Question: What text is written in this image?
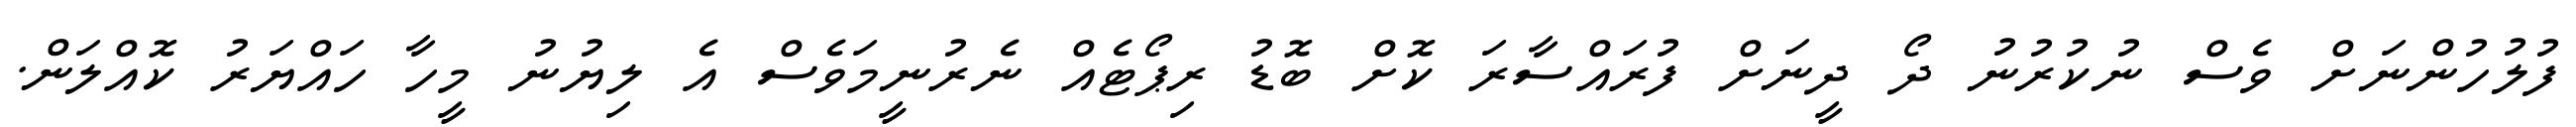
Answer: ފުލުހުންނަށް ވެސް ނުކުރުނު ދޯ ދީނަށް ފުރައްސާރަ ކޮށް ބޮޑު ރިޕޯޓެއް ނެރުނީމަވެސް އެ ލިޔުނު މީހާ ހައްޔަރު ކޮއްލަން.